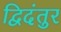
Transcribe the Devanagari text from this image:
द्विदंतुर